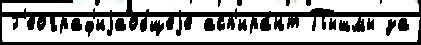
Г'еограф'иjаобщеjе асп'ира́нт Пышмы за